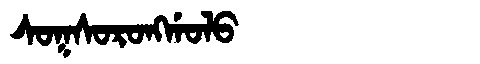
Manchu: ᠰᠣᡴᠰᠣᡵᠣᠩᡤᠣᠯᠣ
Romanization: SOKSORONGGOLO